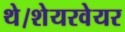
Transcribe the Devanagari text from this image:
थे।शेयरवेयर